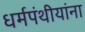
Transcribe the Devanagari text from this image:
धर्मपंथीयांना